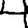
Digit: 4